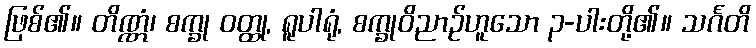
ဖြစ်၏။ တိဏ္ဏံ၊ စက္ခု ဝတ္ထု, ရူပါရုံ, စက္ခုဝိညာဉ်ဟူသော ၃-ပါးတို့၏။ သင်္ဂတိ